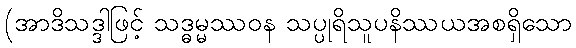
(အာဒိသဒ္ဒါဖြင့် သဒ္ဓမ္မဿဝန သပ္ပုရိသူပနိဿယအစရှိသော